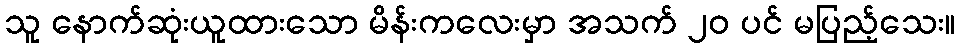
သူ နောက်ဆုံးယူထားသော မိန်းကလေးမှာ အသက် ၂၀ ပင် မပြည့်သေး။